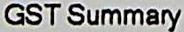
GST SUMMARY